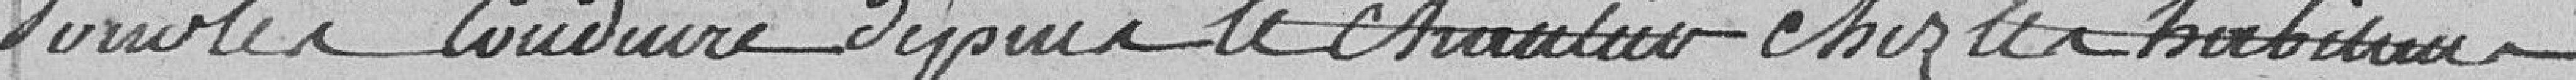
Pour les conduire depuis le chantier chez les habitants